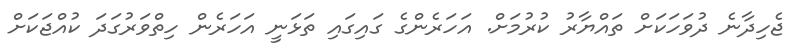
ޖެހިދާނެ ދުވަހަކަށް ތައްޔާރު ކުރުމަށް. އަހަރެންގެ ގައިގައި ތަޅަނީ އަހަރެން ހިތްވަރުގަދަ ކުއްޖަކަށް